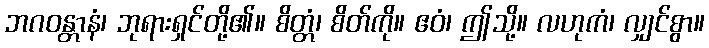
ဘဂဝန္တာနံ၊ ဘုရားရှင်တို့၏။ စိတ္တံ၊ စိတ်ကို။ ဧဝံ၊ ဤသို့။ လဟုကံ၊ လျှင်စွာ။